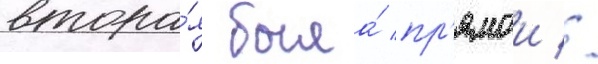
втора́я была́ пр'ямои //